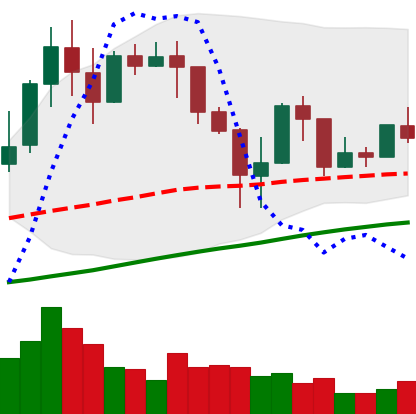
Ticker: LINK-USD
Chart end date: 2019-04-19
Forward return: -6.992%
Label: down_5_7